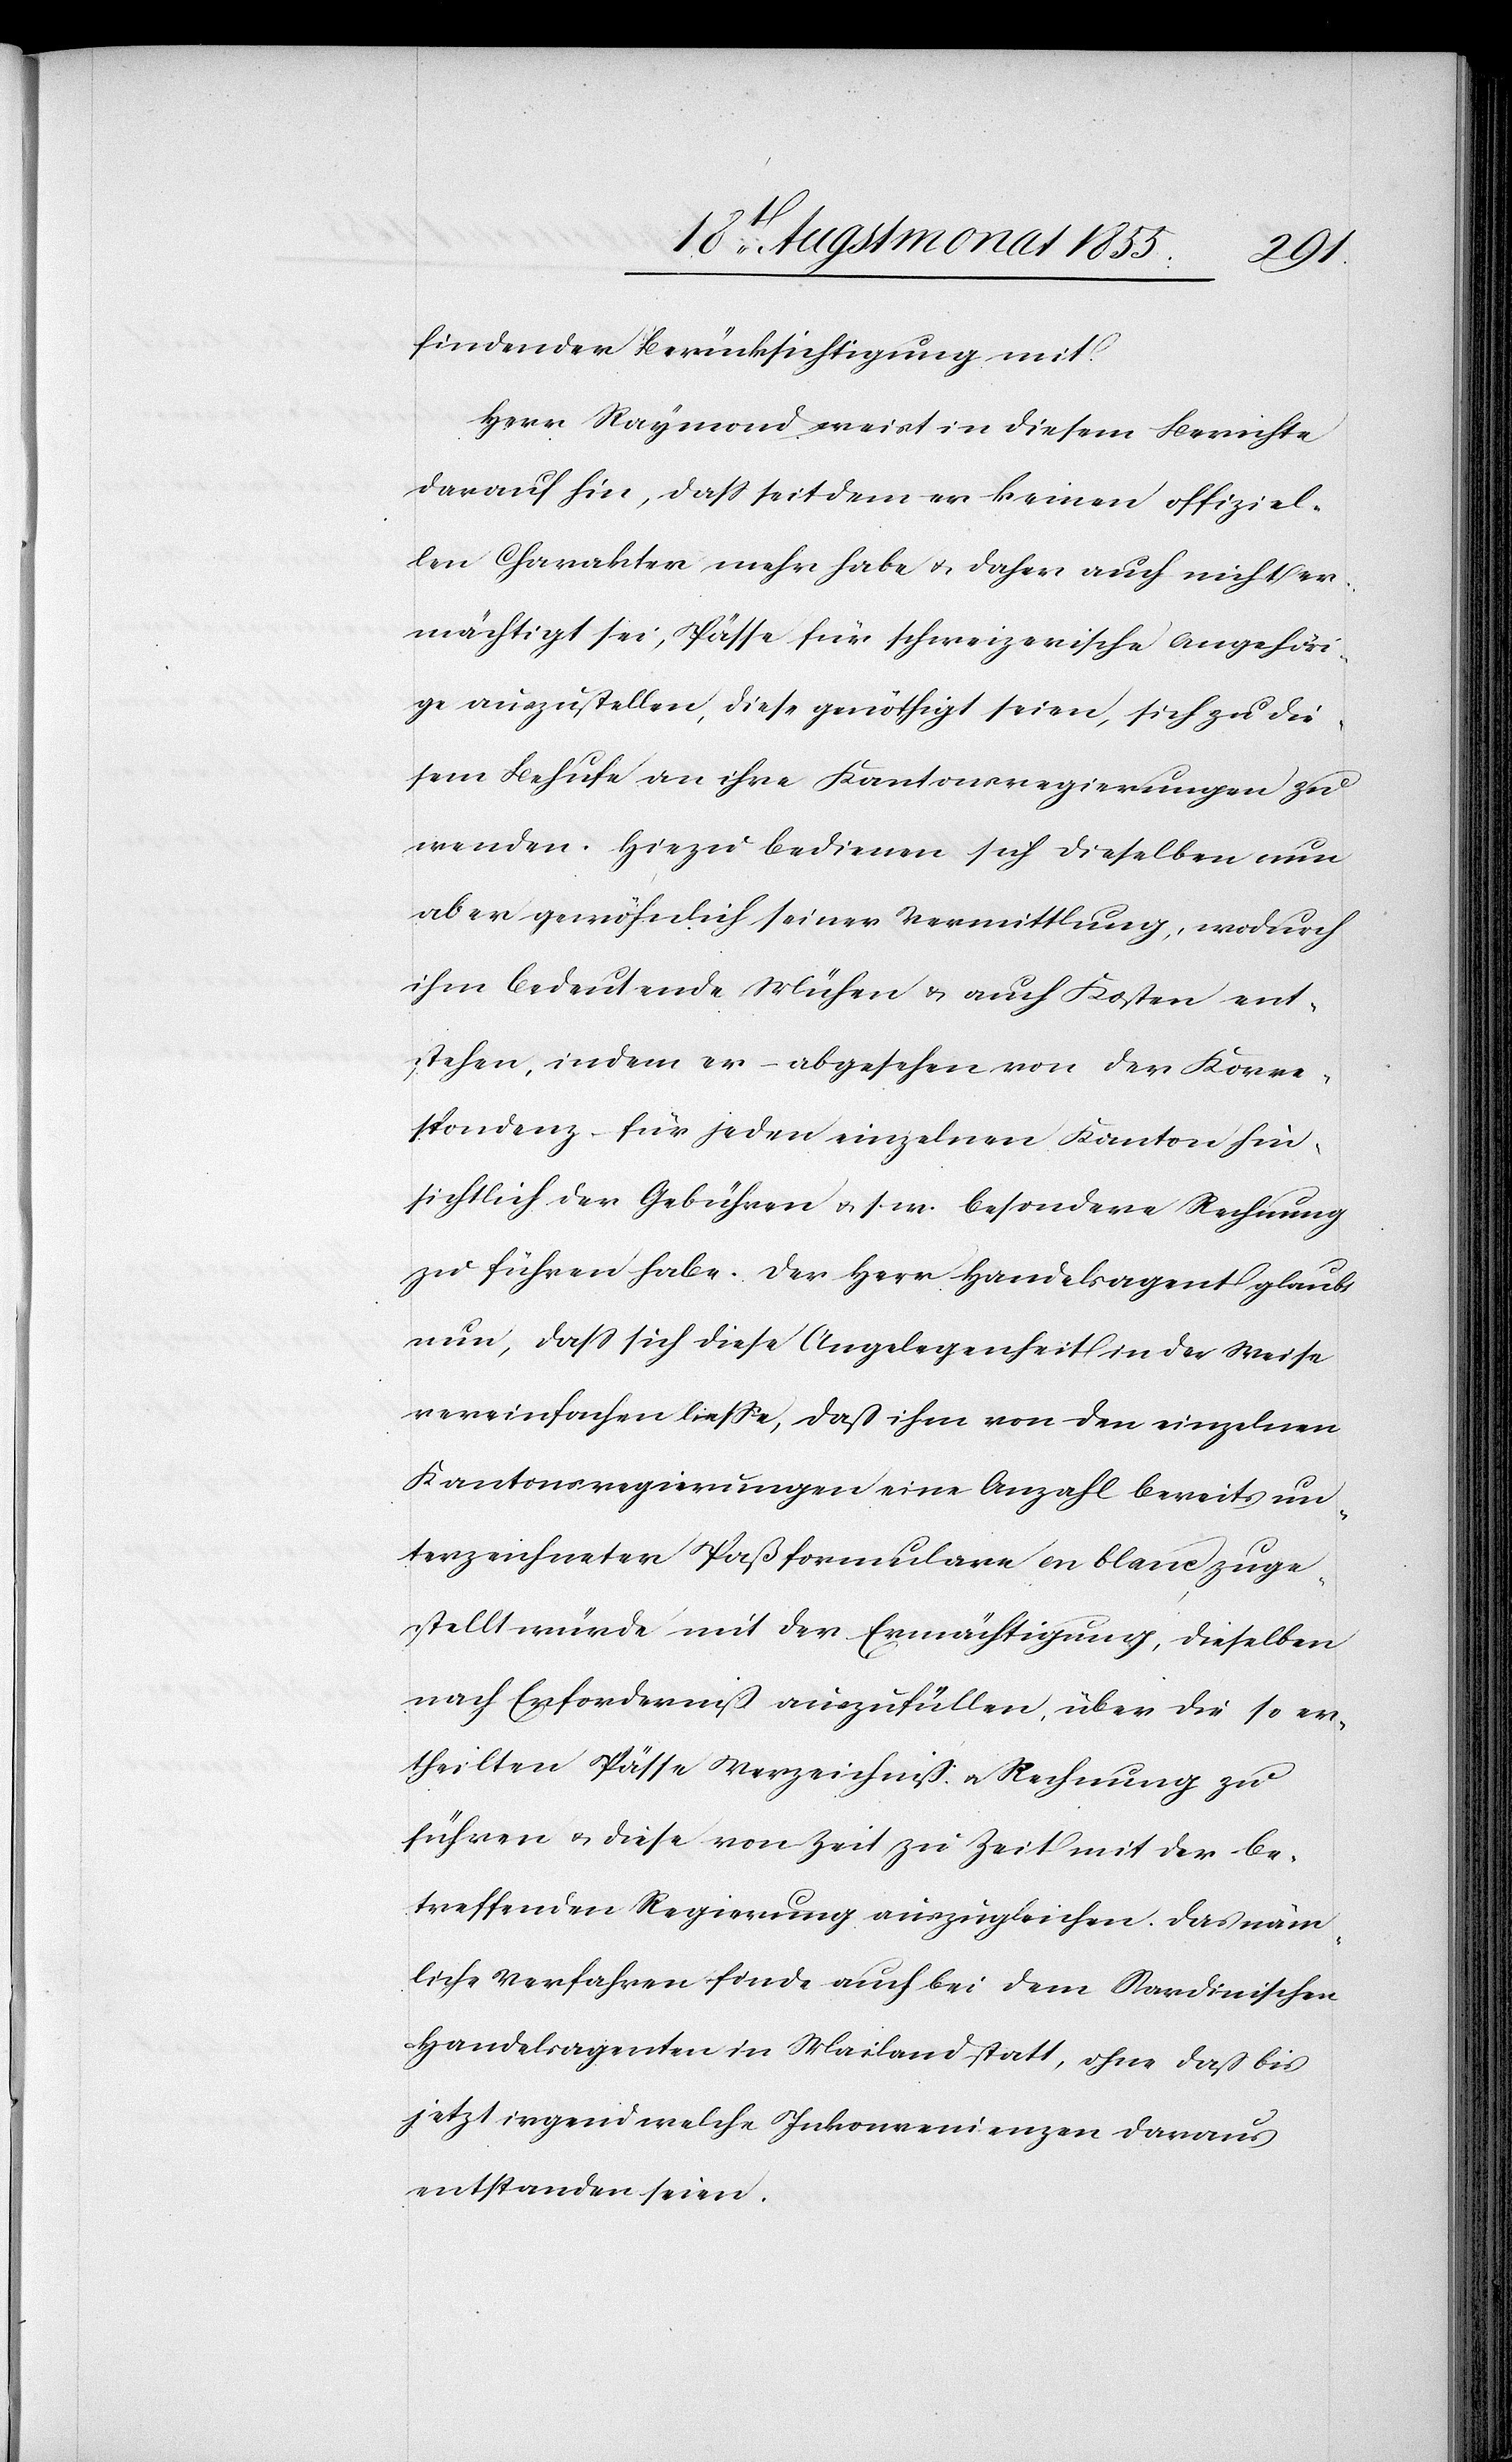
findender Berücksichtigung mit.
Herr Raymond weist in diesem Berichte
darauf hin, dass seitdem er keinen offiziel¬
len Charakter mehr habe & daher auch nicht er¬
mächtigt sei, Pässe für schweizerische Angehöri¬
ge auszustellen, diese genöthigt seien, sich zu die¬
sem Behufe an ihre Kantonsregierungen zu
wenden. Hiezu bedienen sich dieselben nun
aber gewöhnlich seiner Vermittlung, wodurch
ihm bedeutende Mühen & auch Kosten ent¬
stehen, indem er – abgesehen von der Korre¬
spondenz – für jeden einzelnen Kanton hin¬
sichtlich der Gebühren & s. w. besondere Rechnung
zu führen habe. Der Herr Handelsagent glaubt
nun, dass sich diese Angelegenheit in der Weise
vereinfachen liesse, daß ihm von den einzelnen
Kantonsregierungen eine Anzahl bereits un¬
terzeichneter Paßformulare on blanc zuge¬
stellt würde mit der Ermächtigung, dieselben
nach Erforderniß auszufüllen, über die so er¬
theilten Pässe Verzeichniß & Rechnung zu
führen & diese von Zeit zu Zeit mit der be¬
treffenden Regierung auszugleichen. Das näm¬
liche Verfahren finde auch bei dem Sardinischen
Handelsagenten in Mailand statt, ohne daß bis
jetzt irgend welche Inkonvenienzen daraus
entstanden seien.